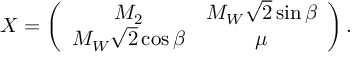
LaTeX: X = \left( \begin{array} { c c } { { M _ { 2 } } } & { { M _ { W } \sqrt 2 \sin \beta } } \\ { { M _ { W } \sqrt 2 \cos \beta } } & { { \mu } } \end{array} \right) .